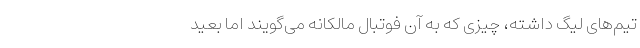
تیم‌های لیگ داشته، چیزی که به آن فوتبال مالکانه می‌گویند اما بعید